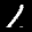
Label: 1